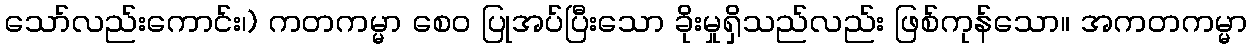
သော်လည်းကောင်း၊) ကတကမ္မာ စေဝ ပြုအပ်ပြီးသော ခိုးမှုရှိသည်လည်း ဖြစ်ကုန်သော။ အကတကမ္မာ